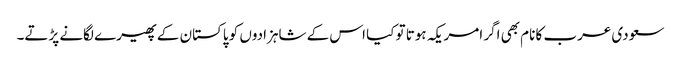
سعودی عرب کا نام بھی اگر امریکہ ہوتا تو کیا اس کے شاہزادوں کو پاکستان کے پھیرے لگانے پڑتے۔